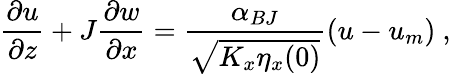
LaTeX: \frac{\partial u}{\partial z}+J\frac{\partial w}{\partial x}=\frac{\alpha_{BJ}}{\sqrt{K_{x}\eta_{x}(0)}}(u-u_{m})~,